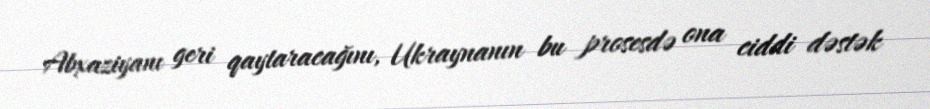
Abxaziyanı geri qaytaracağını, Ukraynanın bu prosesdə ona ciddi dəstək